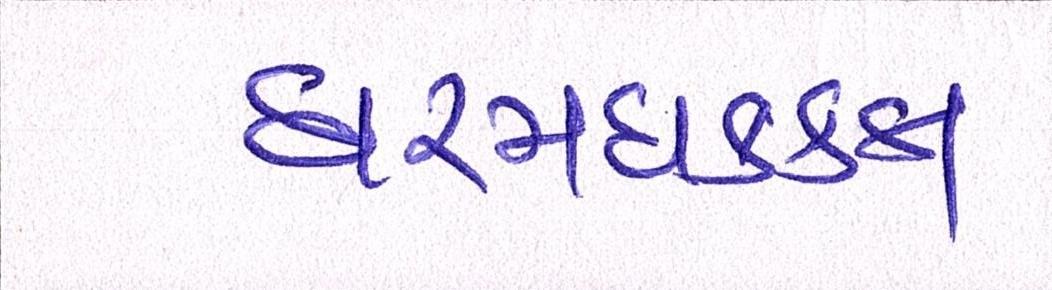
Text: ધરમધકકા